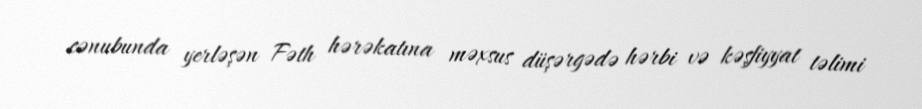
cənubunda yerləşən Fəth hərəkatına məxsus düşərgədə hərbi və kəşfiyyat təlimi